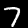
Digit: 7